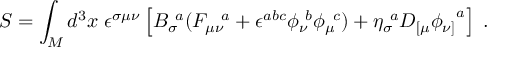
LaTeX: S = \int _ { M } d ^ { 3 } x \; \epsilon ^ { \sigma \mu \nu } \left[ { B _ { \sigma } } \! ^ { a } ( { F _ { \mu \nu } } \! ^ { a } + \epsilon ^ { a b c } { \phi _ { \nu } } \! ^ { b } { \phi _ { \mu } } \! ^ { c } ) + { \eta _ { \sigma } } \! ^ { a } D _ { [ \mu } { \phi _ { \nu ] } } ^ { a } \right] \; .